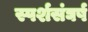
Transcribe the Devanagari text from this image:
स्पर्शसंघर्ष